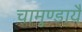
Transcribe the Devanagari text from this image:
चामुण्डायै